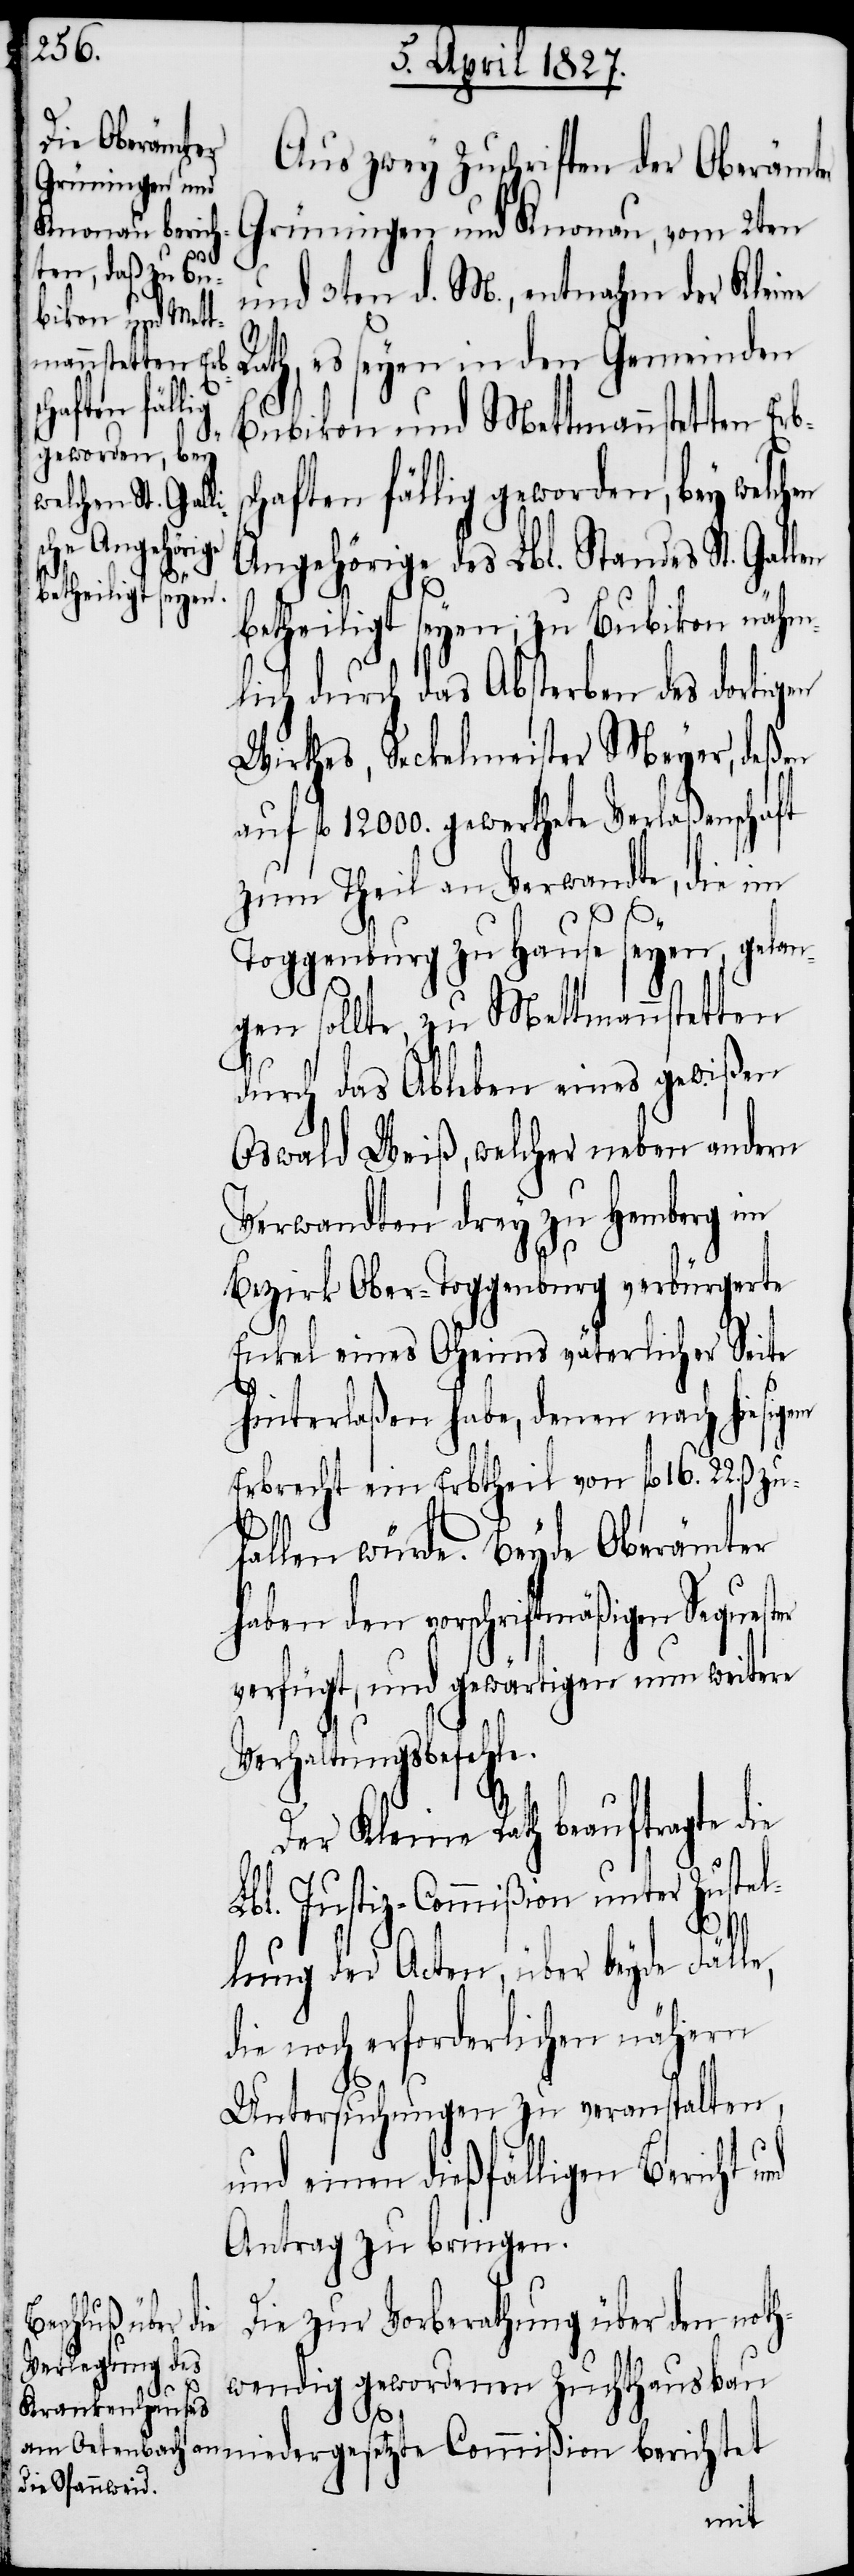
Aus zwey Zuschriften der Oberämter
Grüningen und Knonau, vom 2ten
und 3ten d. M., entnahm der Kleine
es seyen in den Gemeinden
Bubikon und Mettmannstetten Erbs¬
chaften fällig geworden, bey welch¬
Angehörige des Lbl. Standes St. Gallen
betheiligt seyen; zu Bubikon nähm¬
lich durch das Absterben des dortigen
Wirthes, Seckelmeister Meyer, deßen
auf fl. 120000. gewerthete Verlaßenschaft
zum Theil an Verwandte, die im
nd
Toggenburg zu Hause seyen, gelan¬
gen sollte, zu Mettmannstetten
durch das Ableben eines gewißen
Oswald Weiß, welcher neben andern
Verwandten drey zu Hemberg im
Bezirk Ober-Toggenburg verbürgerte
Enkel eines Oheims väterlicher Seite
hinterlaßen habe, denen nach hiesigem
Erbrecht ein Erbtheil von fl. 16. 22. ß.
fallen würde. Beyde Oberämter
haben den vorschriftmäßigen Sequester
verfügt, und gewärtigen nun weitere
Verhaltungsbefehle.
Der Kleine Rath beauftragte
Lbl. Justiz-Commißion unter Zustel¬
die
lung der Acten, über beyde Fälle,
die noch erforderlichen nähern
Untersuchung zu veranstalten,
und einen dießfälligen Bericht u¬
Antrag zu bringen.
Die zur Vorberathung über den noth¬
wendig gewordenen Zuchthausbau